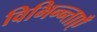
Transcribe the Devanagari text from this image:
विभिन्न्ताएँ